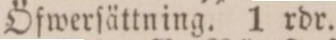
Öfwerſättning. 1 rdr.